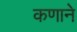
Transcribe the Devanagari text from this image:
कणाने